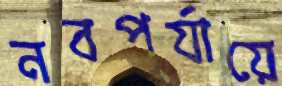
নবপর্যায়ে